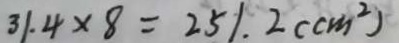
3 1 . 4 \times 8 = 2 5 1 . 2 ( c m ^ { 2 } )